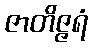
ဇာတိဇ္ဇရံ